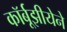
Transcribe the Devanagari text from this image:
कॉर्बूझीयेने